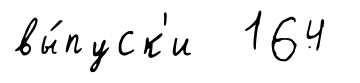
вы́пуск'и 164